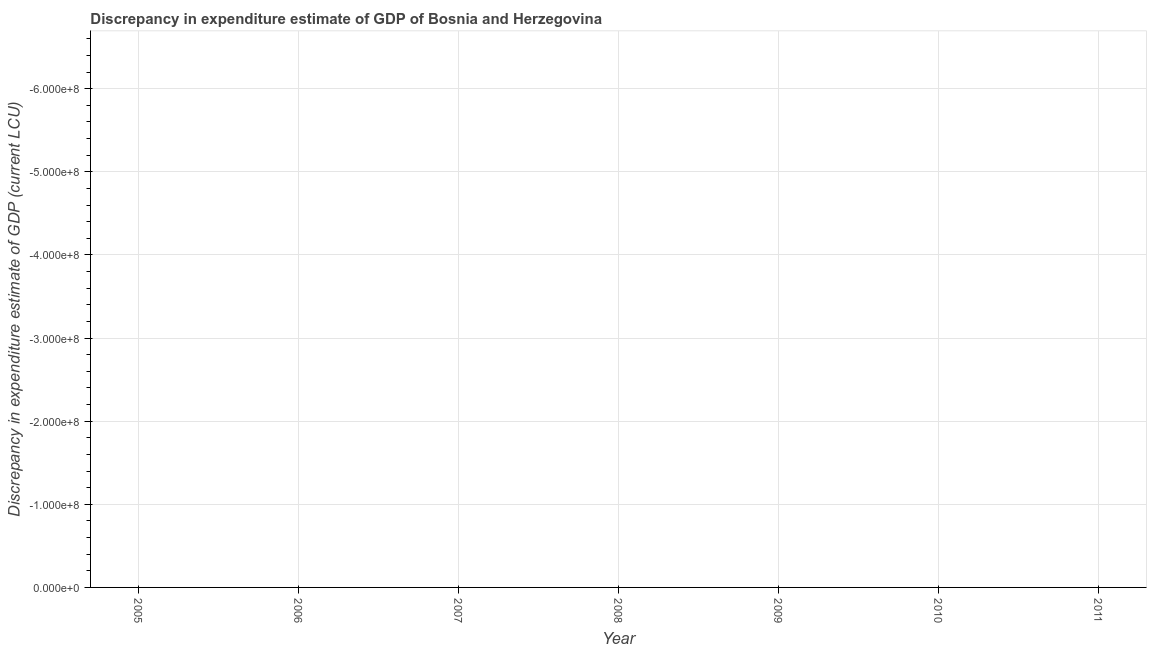
| Year | Discrepancy current LCU |
 | --- | --- |
 | 2005 | -9.23e+08 |
 | 2006 | -1.41e+09 |
 | 2007 | -1.06e+09 |
 | 2008 | -8.52e+08 |
 | 2009 | -1.27e+09 |
 | 2010 | -7.55e+08 |
 | 2011 | -7.05e+08 |